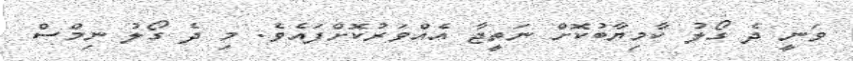
ވަނީ ދެ ގޯލު ކާމިޔާބުކޮށް ނަތީޖާ އެއްވަރުކޮށްފައެވެ. މި ދެ ގޯލު ނިމްސް